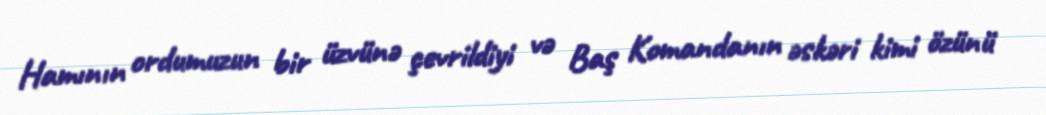
Hamının ordumuzun bir üzvünə çevrildiyi və Baş Komandanın əskəri kimi özünü